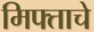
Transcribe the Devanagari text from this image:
मिफ्ताचे